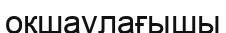
оқшаулағышы